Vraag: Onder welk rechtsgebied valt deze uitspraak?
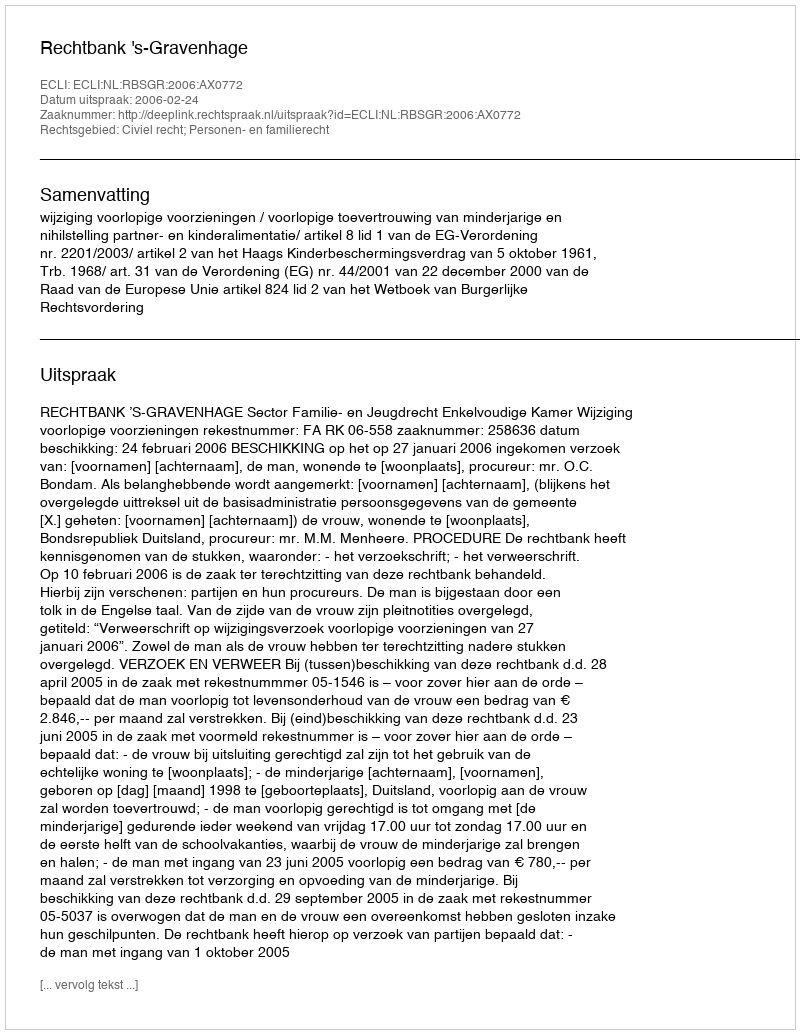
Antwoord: Civiel recht; Personen- en familierecht